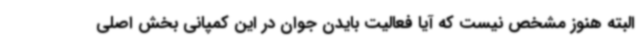
البته هنوز مشخص نیست که آیا فعالیت بایدن جوان در این کمپانی بخش اصلی